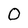
Character: O